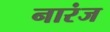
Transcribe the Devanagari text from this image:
नारंज